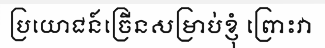
ប្រយោជន៍ច្រើនសម្រាប់ខ្ញុំ ព្រោះវា